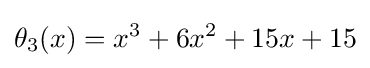
\theta _{3}(x)=x^{3}+6x^{2}+15x+15